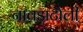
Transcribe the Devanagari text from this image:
नावड़ाटौली